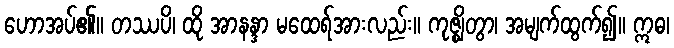
ဟောအပ်၏။ တဿပိ၊ ထို အာနန္ဒာ မထေရ်အားလည်း။ ကုဇ္ဈိတွာ၊ အမျက်ထွက်၍။ ဣဓ၊